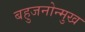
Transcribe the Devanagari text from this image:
बहुजनोन्मुख